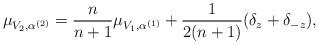
LaTeX: \begin{align*}\mu _{V_{2},\alpha ^{(2)}}=\frac{n}{n+1}\mu _{V_{1},\alpha ^{(1)}}+\frac{1}{2(n+1)}(\delta _{z}+\delta _{-z}), \end{align*}